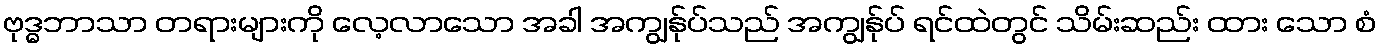
ဗုဒ္ဓဘာသာ တရားများကို လေ့လာသော အခါ အကျွန်ုပ်သည် အကျွန်ုပ် ရင်ထဲတွင် သိမ်းဆည်း ထား သော စံ